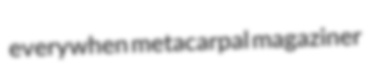
everywhen metacarpal magaziner